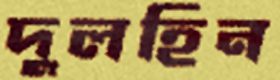
দুলহিন